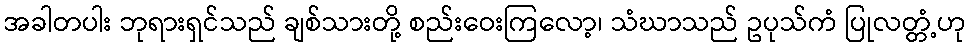
အခါတပါး ဘုရားရှင်သည် ချစ်သားတို့ စည်းဝေးကြလော့၊ သံဃာသည် ဥပုသ်ကံ ပြုလတ္တံ့ဟု